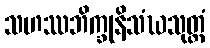
သဟဿဘိက္ခုနိသံဃသုတ္တံ